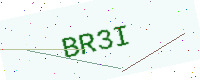
Text: BR3I